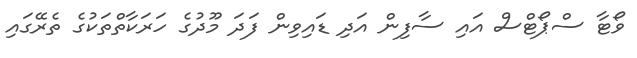
ވޯޓާ ސްޕޯޓްސް އައި ސާފިން އަދި ޑައިވިން ފަދަ މޫދުގެ ހަރަކާތްތަކުގެ ތެރޭގައި